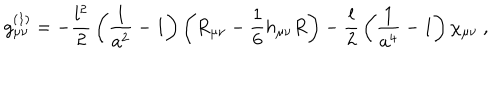
LaTeX: g _ { \mu \nu } ^ { ( 1 ) } = - { \frac { l ^ { 2 } } { 2 } } \left( { \frac { 1 } { a ^ { 2 } } } - 1 \right) \left( R _ { \mu \nu } - { \frac { 1 } { 6 } } h _ { \mu \nu } R \right) - { \frac { l } { 2 } } \left( { \frac { 1 } { a ^ { 4 } } } - 1 \right) \chi _ { \mu \nu } \ ,